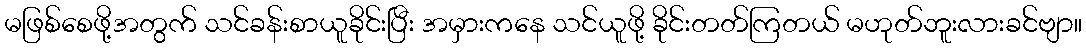
မဖြစ်စေဖို့အတွက် သင်ခန်းစာယူခိုင်းပြီး အမှားကနေ သင်ယူဖို့ ခိုင်းတတ်ကြတယ် မဟုတ်ဘူးလားခင်ဗျာ။